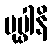
ပုပ္ဖါနိ